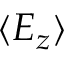
\langle E _ { z } \rangle